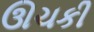
ઊચકી